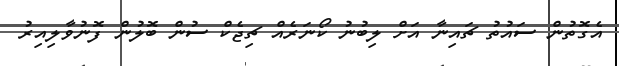
އެގޮތުން ސައުތު ޗައިނާ އަށް ލިބުނު ކޯނަރެއް ޗިޖެކް ސުން ބޮލުން ފޮނުވާލިއިރު